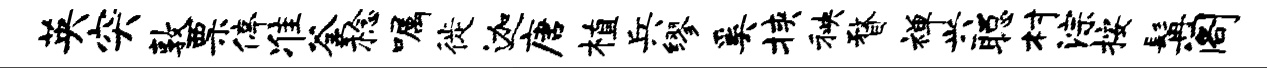
英突敦票停准釜稔嘱徙迦唐植兵缪奚挟秧瞀禅兴聪村淙按髯阁